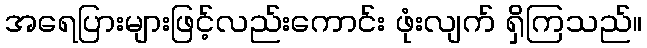
အရေပြားများဖြင့်လည်းကောင်း ဖုံးလျက် ရှိကြသည်။